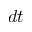
d t